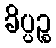
ခိပ္ပဉ္စ